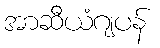
အာဆီယံဂျပန်